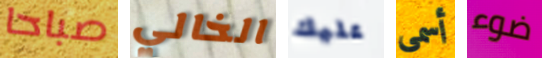
صباحا الخالي عليك أسمى ضوء